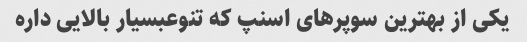
یکی از بهترین سوپر‌های اسنپ که تنوعبسیار بالایی داره